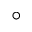
^ { \circ }